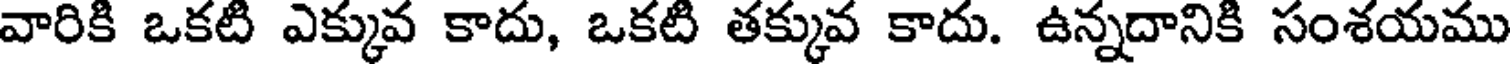
వారికి ఒకటి ఎక్కువ కాదు, ఒకటి తక్కువ కాదు. ఉన్నదానికి సంశయము